Calcutta medical institutions reports 1879-81 [i.e.91]
Year: 1879
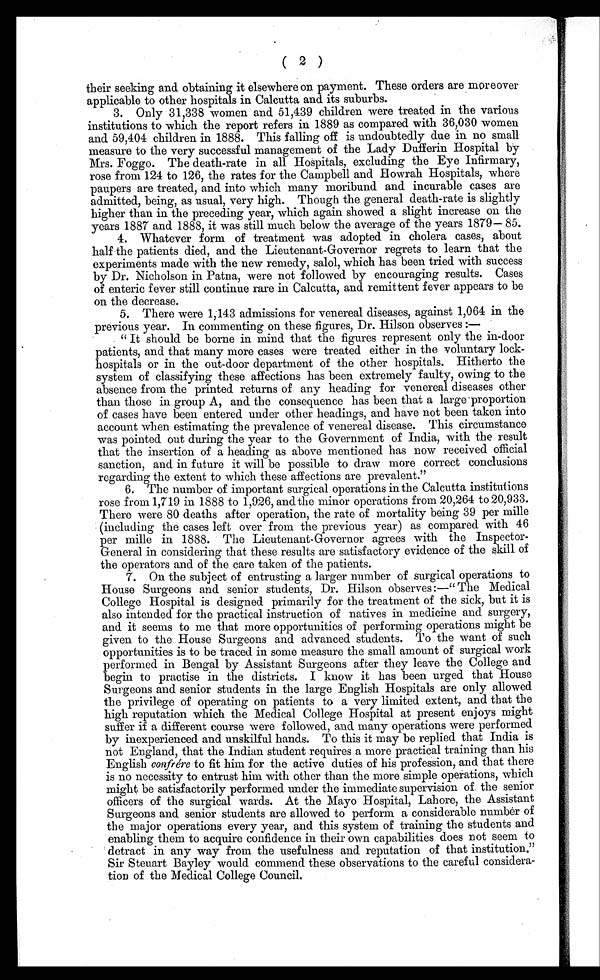
( 2 )
their seeking and obtaining it elsewhere on payment. These orders are moreover
applicable to other hospitals in Calcutta and its suburbs.
3. Only 31,338 women and 51,439 children were treated in the various
institutions to which the report refers in 1889 as compared with 36,030 women
and 59,404 children in 1888. This falling off is undoubtedly due in no small
measure to the very successful management of the Lady Dufferin Hospital by
Mrs. Foggo. The death-rate in all Hospitals, excluding the Eye Infirmary,
rose from 124 to 126, the rates for the Campbell and Howrah Hospitals, where
paupers are treated, and into which many moribund and incurable cases are
admitted, being, as usual, very high. Though the general death-rate is slightly
higher than in the preceding year, which again showed a slight increase on the
years 1887 and 1888, it was still much below the average of the years 1879— 85.
4. Whatever form of treatment was adopted in cholera cases, about
half the patients died, and the Lieutenant-Governor regrets to learn that the
experiments made with the new remedy, salol, which has been tried with success
by Dr. Nicholson in Patna, were not followed by encouraging results. Cases
of enteric fever still continue rare in Calcutta, and remittent fever appears to be
on the decrease.
5. There were 1,143 admissions for venereal diseases, against 1,064 in the
previous year. In commenting on these figures, Dr. Hilson observes :—
“It should be borne in mind that the figures represent only the in-door
patients, and that many more cases were treated either in the voluntary lock-
hospitals or in the out-door department of the other hospitals. Hitherto the
system of classifying these affections has been extremely faulty, owing to the
absence from the printed returns of any heading for venereal diseases other
than those in group A, and the consequence has been that a large proportion
of cases have been entered under other headings, and have not been taken into
account when estimating the prevalence of venereal disease. This circumstance
was pointed out during the year to the Government of India, with the result
that the insertion of a heading as above mentioned has now received official
sanction, and in future it will be possible to draw more correct conclusions
regarding the extent to which these affections are prevalent.”
6. The number of important surgical operations in the Calcutta institutions
rose from 1,719 in 1888 to 1,926, and the minor operations from 20,264 to 20,933.
There were 80 deaths after operation, the rate of mortality being 39 per mille
(including the cases left over from the previous year) as compared with 46
per mille in 1888. The Lieutenant-Governor agrees with the Inspector-
General in considering that these results are satisfactory evidence of the skill of
the operators and of the care taken of the patients.
7 .
O n t h e s u b j e c t o f e n t r u s t i n g a l a r g e r n u m b e r o f s u r g i c a l o p e r a t i o n s t o
House Surgeons and senior students, Dr. Hilson observes :—“The Medical
College Hospital is designed primarily for the treatment of the sick, but it is
also intended for the practical instruction of natives in medicine and surgery,
and it seems to me that more opportunities of performing operations might be
given to the House Surgeons and advanced students. To the want of such
opportunities is to be traced in some measure the small amount of surgical work
performed in Bengal by Assistant Surgeons after they leave the College and
begin to practise in the districts. I know it has been urged that House
Surgeons and senior students in the large English Hospitals are only allowed
the privilege of operating on patients to a very limited extent, and that the
high reputation which the Medical College Hospital at present enjoys might
suffer if a different course were followed, and many operations were performed
by inexperienced and unskilful hands. To this it may be replied that India is
not England, that the Indian student requires a more practical training than his
English confrére to fit him for the active duties of his profession, and that there
is no necessity to entrust him with other than the more simple operations, which
might be satisfactorily performed under the immediate supervision of the senior
officers of the surgical wards. At the Mayo Hospital, Lahore, the Assistant
Surgeons and senior students are allowed to perform a considerable number of
the major operations every year, and this system of training the students and
enabling them to acquire confidence in their own capabilities does not seem to
detract in any way from the usefulness and reputation of that institution.
” Sir Steuart Bayley would commend these observations to the careful considera-
tion of the Medical College Council.